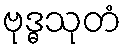
ဗုဒ္ဓသုတံ